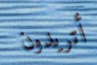
أتريدون